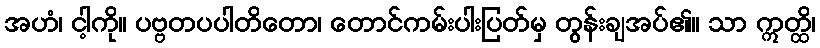
အဟံ၊ ငါ့ကို။ ပဗ္ဗတပပါတိတော၊ တောင်ကမ်းပါးပြတ်မှ တွန်းချအပ်၏။ သာ ဣတ္ထိ၊